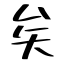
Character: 矣